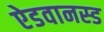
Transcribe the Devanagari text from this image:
ऐडवानस्ड